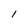
Character: l